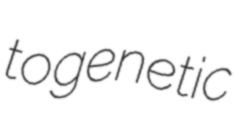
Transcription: to genetic